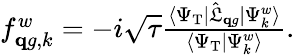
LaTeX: \begin{array}{r}{f_{\mathbf qg,k}^{w}=-i\sqrt{\tau}\frac{\langle\Psi_{\mathrm{T}}|\hat{\mathfrak L}_{\mathbf qg}|\Psi_{k}^{w}\rangle}{\langle\Psi_{\mathrm{T}}|\Psi_{k}^{w}\rangle}.}\end{array}